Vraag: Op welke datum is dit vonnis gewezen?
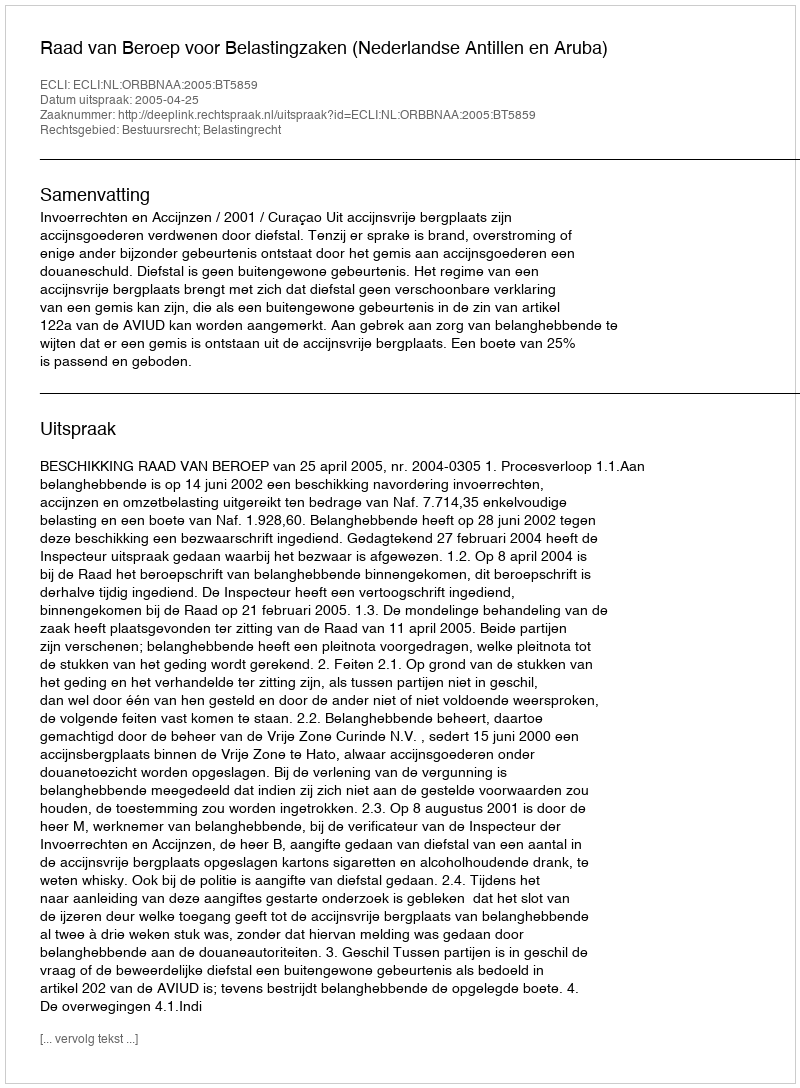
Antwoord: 2005-04-25